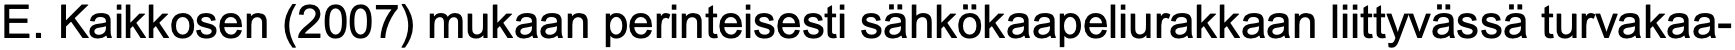
E. Kaikkosen (2007) mukaan perinteisesti sähkökaapeliurakkaan liittyvässä turvakaa-